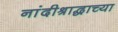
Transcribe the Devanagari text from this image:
नांदीश्राद्धाच्या